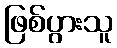
ဖြစ်ပွားသူ